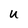
Character: U